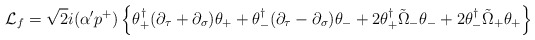
\begin{align*}{\cal L}_{f}=\sqrt{2}i(\alpha' p^{+})\left\{\theta_{+}^{\dagger}(\partial_{\tau}+\partial_{\sigma})\theta_{+}+\theta_{-}^{\dagger}(\partial_{\tau}-\partial_{\sigma})\theta_{-}+2\theta_{+}^{\dagger}\tilde{\Omega}_{-}\theta_{-}+2\theta_{-}^{\dagger}\tilde{\Omega}_{+}\theta_{+}\right\}\end{align*}